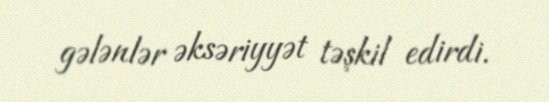
gələnlər əksəriyyət təşkil edirdi.